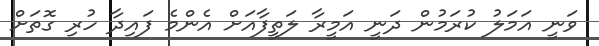
ވަނީ އަމަލު ކުރަމުން ދަނީ އަމީރާ ލަތީފާއަށް އެންމެ ފައިދާ ހުރި ގޮތަށް